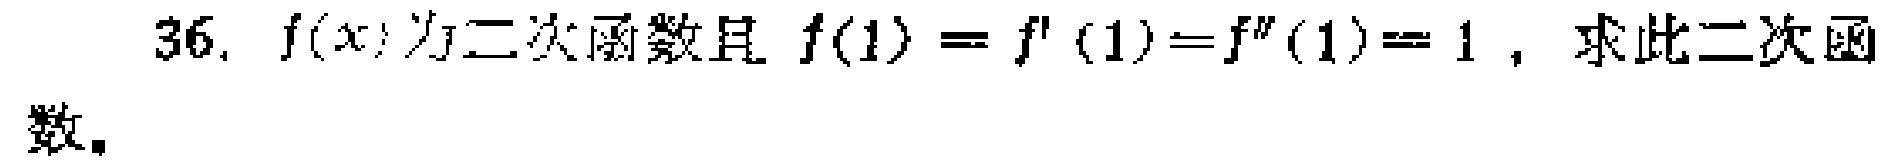
36. \(f(x)\)为二次函数且\(f(1)=f^{\prime}(1)=f^{\prime\prime}(1)=1\)，求此二次函数。